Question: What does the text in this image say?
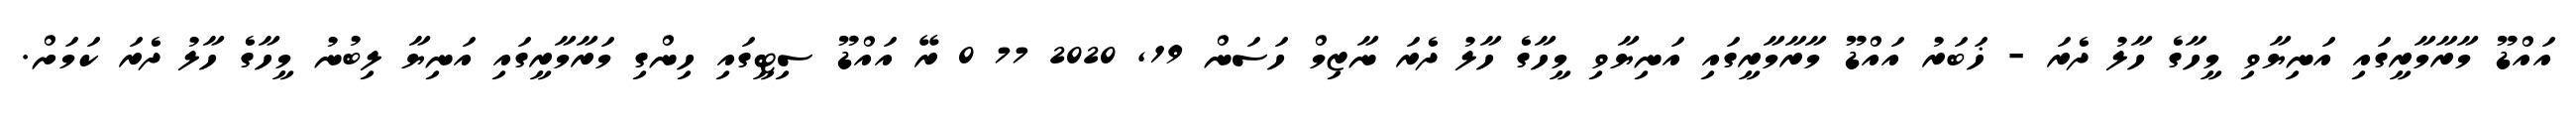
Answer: އައްޑޫ މާރާމާރީގައި އަނިޔާވި މީހާގެ ހާލު ދެރަ - ޚަބަރު އައްޑޫ މާރާމާރީގައި އަނިޔާވި މީހާގެ ހާލު ދެރަ ނާޒިމް ހަސަން 19, 2020 77 0 ރޭ އައްޑޫ ސިޓީގައި ހިންގި މަރާމާރީގައި އަނިޔާ ލިބުނު މީހާގެ ހާލު ދެރަ ކަމަށް.